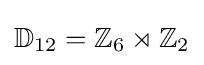
\mathbb {D} _{12}=\mathbb {Z} _{6}\rtimes \mathbb {Z} _{2}